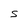
Character: S